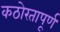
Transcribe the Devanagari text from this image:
कठोरतापूर्ण